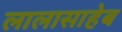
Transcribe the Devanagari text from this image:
लालासाहेब